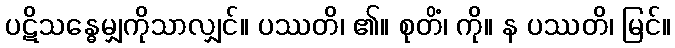
ပဋိသန္ဓေမျှကိုသာလျှင်။ ပဿတိ၊ ၏။ စုတိံ၊ ကို။ န ပဿတိ၊ မြင်။